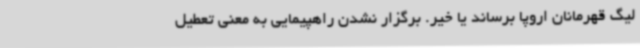
لیگ قهرمانان اروپا برساند یا خیر. برگزار نشدن راهپیمایی به معنی تعطیل